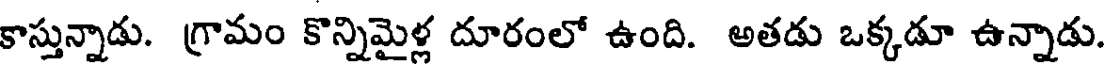
కాస్తున్నాడు. గ్రామం కొన్నిమైళ్ల దూరంలో ఉంది. అతడు ఒక్కడూ ఉన్నాడు.